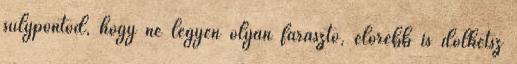
súlypontod, hogy ne legyen olyan fárasztó, előrébb is dőlhetsz